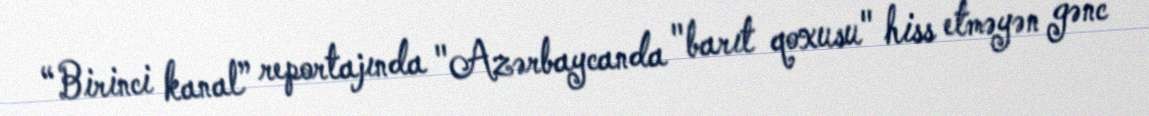
“Birinci kanal” reportajında "Azərbaycanda "barıt qoxusu" hiss etməyən gənc